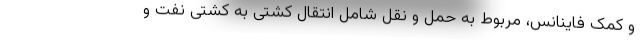
و کمک فاینانس، مربوط به حمل و نقل شامل انتقال کشتی به کشتی نفت و